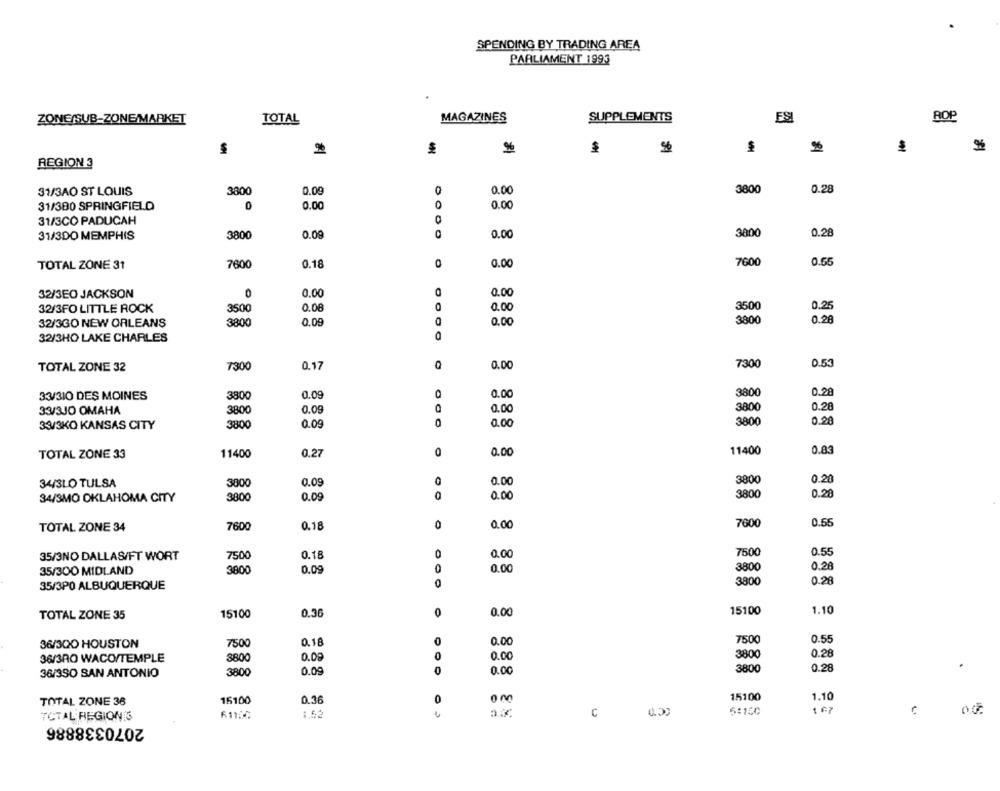
SPENDING BY TRADING AREA
PARLIAMENT 1993
MAGAZINES
SUPPLEMENTS
ESI
ROP
ZONE/SUB-ZONE MARKET
TOTAL
$
REGION 3
31/3AO ST LOUIS
0.09
0
0.00
3800
0.28
3800
31/300 SPRINGFIELD
0.00
0
0.00
31/3CO PADUCAH
31/3DO MEMPHIS
3800
0.00
0.00
3800
0.28
7600
0.50
TOTAL ZONE 31
7600
0.18
0
0.00
32/3EO JACKSON
0
0.00
O
0.00
32/3FO LITTLE ROCK
3500
0.08
0.00
3500
0.25
32/3GO NEW ORLEANS
3800
0.09
0.00
3800
0.26
32/3HO LAKE CHARLES
0.00
7300
0.55
TOTAL ZONE 32
7300
0.17
33/310 DES MOINES
3800
0.09
0
0.00
3800
0.29
33/3JO OMAHA
3800
0.09
0.00
3800
0.28
0.20
33/3KO KANSAS CITY
3800
0.09
0.00
3800
0
11400
0.85
TOTAL ZONE 33
11400
0.27
0.00
34/3LO TULSA
3800
0.09
0.00
3800
0.20
34/3MO OKLAHOMA CITY
3800
0.09
0
0.00
3800
0.28
7600
0.55
TOTAL ZONE 34
7600
0.18
0
0.00
7500
0.18
0
0.00
7500
0.55
35/3NO DALLAS/FT WORT
35/300 MIDLAND
3800
0.09
0
0.00
3800
0.20
35/3PO ALBUQUERQUE
3800
0.28
15100
1.10
TOTAL ZONE 35
15100
0.36
0.00
0.18
0
0.00
7500
0.55
36/300 HOUSTON
7500
36/3RO WACO/TEMPLE
3800
0.09
0
0.00
3800
0.28
3800
0.09
0
0.00
3800
0.28
36/350 SAN ANTONIO
15100
1.10
TOTAL ZONE 36
15100
0.36
0
5:120
1 67
00
TOTAL REGION'S
2070338886
1.52
C